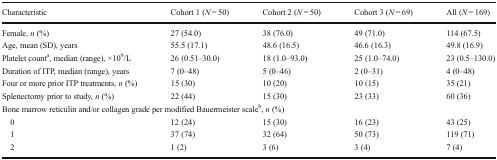
| Characteristic | Cohort 1 (N = 50) | Cohort 2 (N = 50) | Cohort 3 (N = 69) | All (N = 169) |
 | --- | --- | --- | --- | --- |
 | Female, n (%) | 27 (54.0) | 38 (76.0) | 49 (71.0) | 114 (67.5) |
 | Age, mean (SD), years | 55.5 (17.1) | 48.6 (16.5) | 46.6 (16.3) | 49.8 (16.9) |
 | Platelet counta, median (range), ×109/L | 26 (0.51–30.0) | 18 (1.0–93.0) | 25 (1.0–74.0) | 23 (0.5–130.0) |
 | Duration of ITP, median (range), years | 7 (0–48) | 5 (0–46) | 2 (0–31) | 4 (0–48) |
 | Four or more prior ITP treatments, n (%) | 15 (30) | 10 (20) | 10 (15) | 35 (21) |
 | Splenectomy prior to study, n (%) | 22 (44) | 15 (30) | 23 (33) | 60 (36) |
 | <COLSPAN=5> Bone marrow reticulin and/or collagen grade per modified Bauermeister scaleb, n (%) |
 | 0 | 12 (24) | 15 (30) | 16 (23) | 43 (25) |
 | 1 | 37 (74) | 32 (64) | 50 (73) | 119 (71) |
 | 2 | 1 (2) | 3 (6) | 3 (4) | 7 (4) |